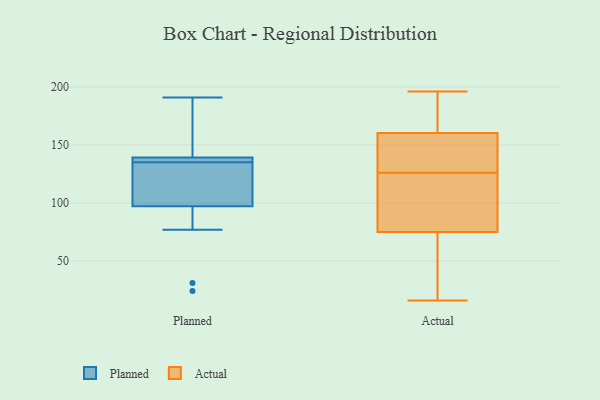
{"axis": {"x": "Website Visitors", "y": "Value"}, "legend": ["Actual", "Planned"], "data": [{"x": "", "y": 24, "type": "Planned"}, {"x": "", "y": 139, "type": "Planned"}, {"x": "", "y": 108, "type": "Planned"}, {"x": "", "y": 137, "type": "Planned"}, {"x": "", "y": 31, "type": "Planned"}, {"x": "", "y": 171, "type": "Planned"}, {"x": "", "y": 149, "type": "Planned"}, {"x": "", "y": 114, "type": "Planned"}, {"x": "", "y": 112, "type": "Planned"}, {"x": "", "y": 135, "type": "Planned"}, {"x": "", "y": 89, "type": "Planned"}, {"x": "", "y": 140, "type": "Planned"}, {"x": "", "y": 138, "type": "Planned"}, {"x": "", "y": 191, "type": "Planned"}, {"x": "", "y": 138, "type": "Planned"}, {"x": "", "y": 77, "type": "Planned"}, {"x": "", "y": 100, "type": "Planned"}, {"x": "", "y": 133, "type": "Actual"}, {"x": "", "y": 69, "type": "Actual"}, {"x": "", "y": 153, "type": "Actual"}, {"x": "", "y": 16, "type": "Actual"}, {"x": "", "y": 154, "type": "Actual"}, {"x": "", "y": 179, "type": "Actual"}, {"x": "", "y": 77, "type": "Actual"}, {"x": "", "y": 85, "type": "Actual"}, {"x": "", "y": 122, "type": "Actual"}, {"x": "", "y": 196, "type": "Actual"}, {"x": "", "y": 18, "type": "Actual"}, {"x": "", "y": 126, "type": "Actual"}, {"x": "", "y": 194, "type": "Actual"}]}